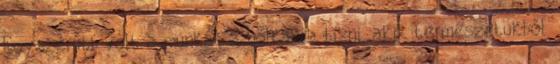
Egyszerűbb volt a munkát a holtakra bízni, akik természetükből